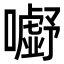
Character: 𭌗